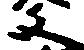
文